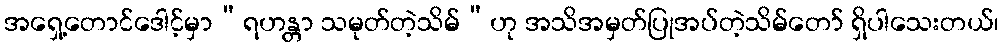
အရှေ့တောင်ဒေါင့်မှာ“ရဟန္တာ သမုတ်တဲ့သိမ်”ဟု အသိအမှတ်ပြုအပ်တဲ့သိမ်တော် ရှိပါသေးတယ်၊